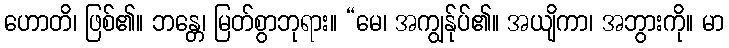
ဟောတိ၊ ဖြစ်၏။ ဘန္တေ၊ မြတ်စွာဘုရား။ “မေ၊ အကျွန်ုပ်၏။ အယျိကာ၊ အဘွားကို။ မာ